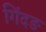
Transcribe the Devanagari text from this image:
गिंदङ